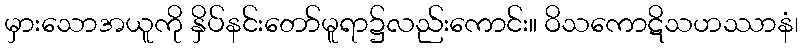
မှားသောအယူကို နှိပ်နင်းတော်မူရာ၌လည်းကောင်း။ ဝိသကောဋိသဟဿာနံ၊